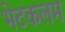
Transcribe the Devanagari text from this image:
भेटकलम